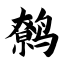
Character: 鹩